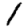
Digit: 1